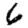
Digit: 6